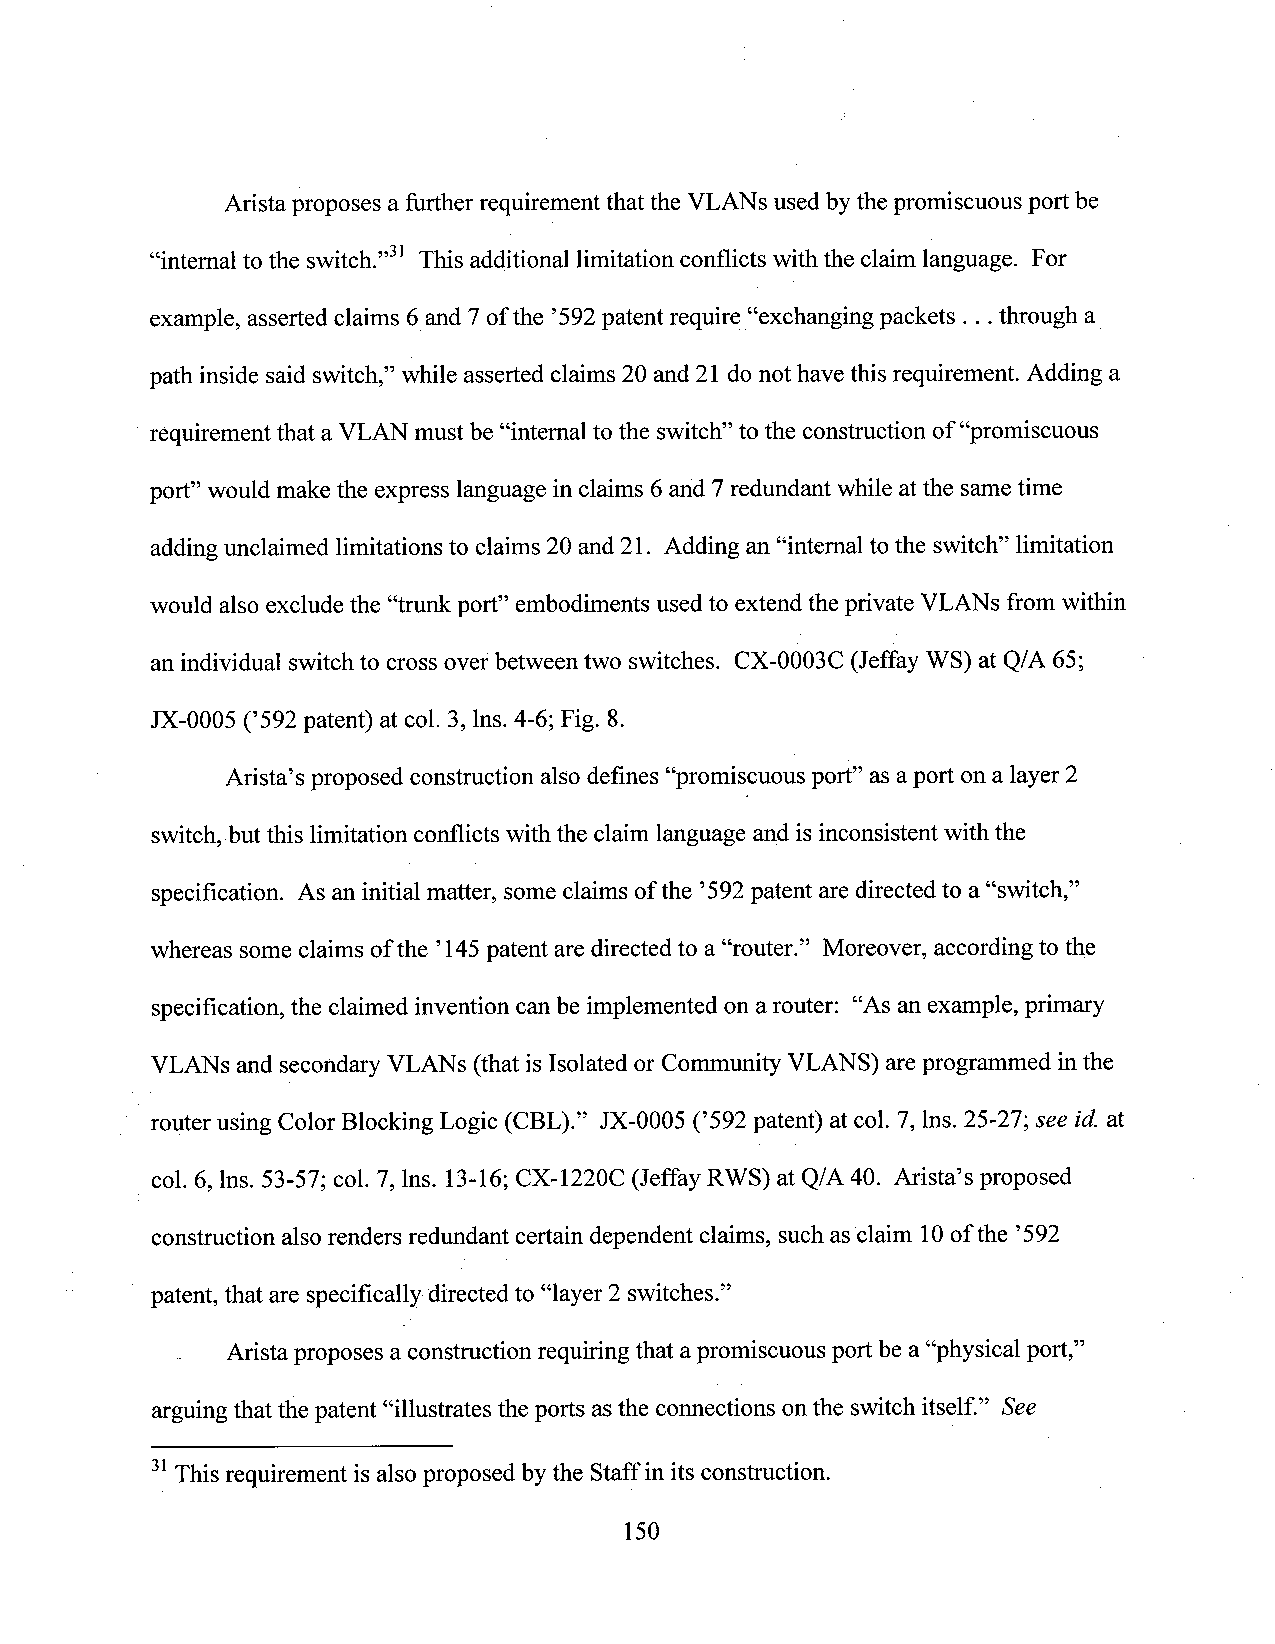
Aristaproposes a furtherrequirementthat the VLANs used by thepromiscuous port be
 “internal to the switch.”3l This additional limitation conflicts with the claim language. For
 example, asserted claims 6_and 7 of the ’592 patent require__“exchangingpackets . . .through a
 path inside said switch,” while asserted claims 20 and 21 do not have this requirement. Adding a
 requirementthat a VLAN must be “internaltothe switch”to the construction of“promiscuous
 port” would make the express language inclaims 6and 7redundant while atthe sametime
 addingunclaimed limitations to claims 20 and 21. Adding an “intemal to the switch” limitation
 would also exclude the “trunk port” embodiments usedto extend the private VLANs from Within
 an individual switch to cross over between two switches. CX-0003C (Jeffay WS) at Q/A 65;
 JX-0005 (’592 patent) at col. 3, lns. 4-6; Fig. 8.
 Arista’s proposed construction also defines “promiscuous port” asaport on a layer 2
 switch, but this limitation conflicts with the claim language an_dis inconsistent with the
 specification. As an initial matter, some claims of the ’592patent are directed to a “switch,”
 whereas some claims ofthe ’145patent are directed to a “router.” Moreover, according to the
 specification, the claimed invention can be implemented on a router: “As an example, primary
 VLANs and secondary VLANs (that isIsolated or Community VLANS) areprogrammed in the
 router using Color Blocking Logic (CBL).” JX-0005 (’592 patent) atcol. 7, lns. 25-27; see id. at
 col. 6, lns. 53-57; col. 7, lns. 13-16; CX-1220C (Jeffay RWS) at Q/A 40. Arista’s proposed
 construction also renders redundant certain dependent claims, such as claim 10ofthe ’592
 patent, that are specifically directed to “layer 2 switches.”
 .  Arista proposes a construction requiring that apromiscuous portbe a “physical port,”
 arguing that the patent “illustrates the ports as the connections on the switch itself.” See
 31This requirement is also proposed by the Staff in its construction.
 150